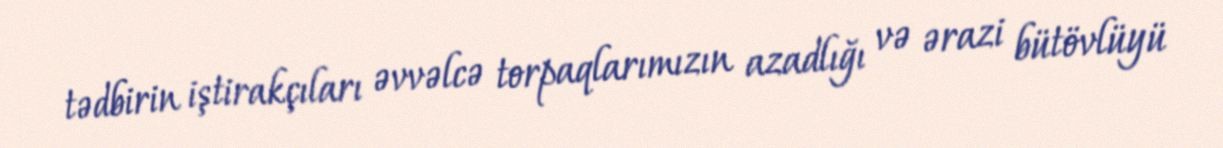
tədbirin iştirakçıları əvvəlcə torpaqlarımızın azadlığı və ərazi bütövlüyü